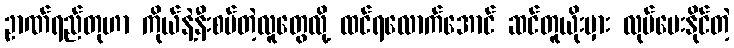
ဥာဏ်ရည်တုဟာ ကိုယ်နဲ့နီးစပ်တဲ့လူတွေလို့ ထင်ရလောက်အောင် ဆင်တူယိုးမှား လုပ်ပေးနိုင်တဲ့